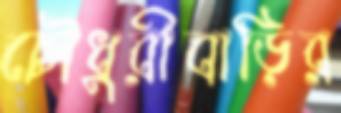
চৌধুরীবাড়ির